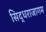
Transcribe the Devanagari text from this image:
सिद्धराजागम